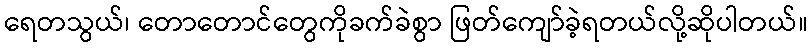
ရေတသွယ်၊ တောတောင်တွေကိုခက်ခဲစွာ ဖြတ်ကျော်ခဲ့ရတယ်လို့ဆိုပါတယ်။